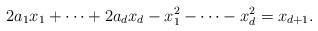
LaTeX: \begin{align*}2a_1x_1+\cdots+2a_dx_d-x_1^2-\cdots-x_d^2=x_{d+1}.\end{align*}